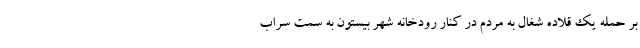
بر حمله یک قلاده شغال به مردم در کنار رودخانه شهر بیستون به سمت سراب